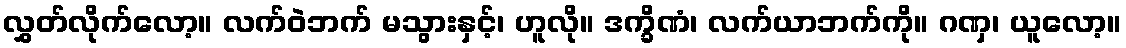
လွှတ်လိုက်လော့။ လက်ဝဲဘက် မသွားနှင့်၊ ဟူလို။ ဒက္ခိဏံ၊ လက်ယာဘက်ကို။ ဂဏှ၊ ယူလော့။